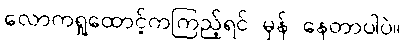
လောကရှုထောင့်ကကြည့်ရင် မှန် နေတာပါပဲ။